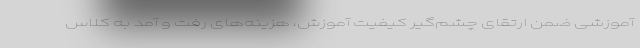
آموزشی ضمن ارتقای چشم‌گیر کیفیت آموزش، هزینه‌های رفت و آمد به کلاس